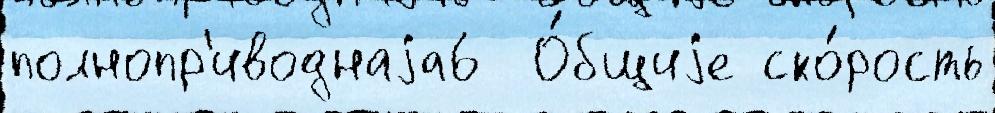
полнопр'иводнаjа6  О́бщиjе ско́рость